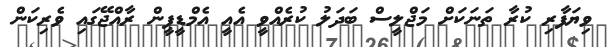
ވިޔަފާރި ކުރާ ތަނަކަށް މަޖްލީސް ބަދަލު ކުރެއްވީ އެއީ އެމްޑީޕީން ރާއްޖޭގައި ވެރިކަން